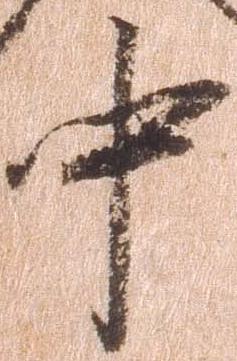
中